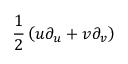
{ \frac { 1 } { 2 } } \left( u \partial _ { u } + v \partial _ { v } \right)